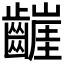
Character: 𮯒